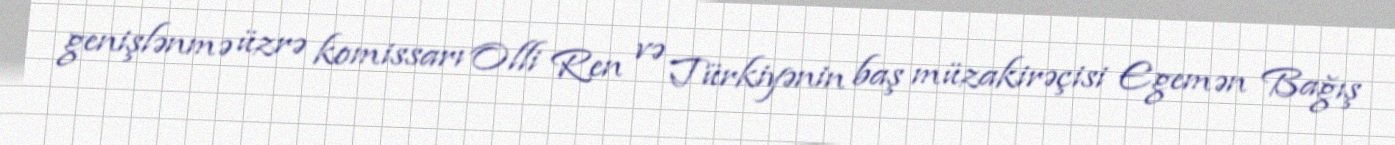
genişlənmə üzrə komissarı Olli Ren və Türkiyənin baş müzakirəçisi Egemən Bağış